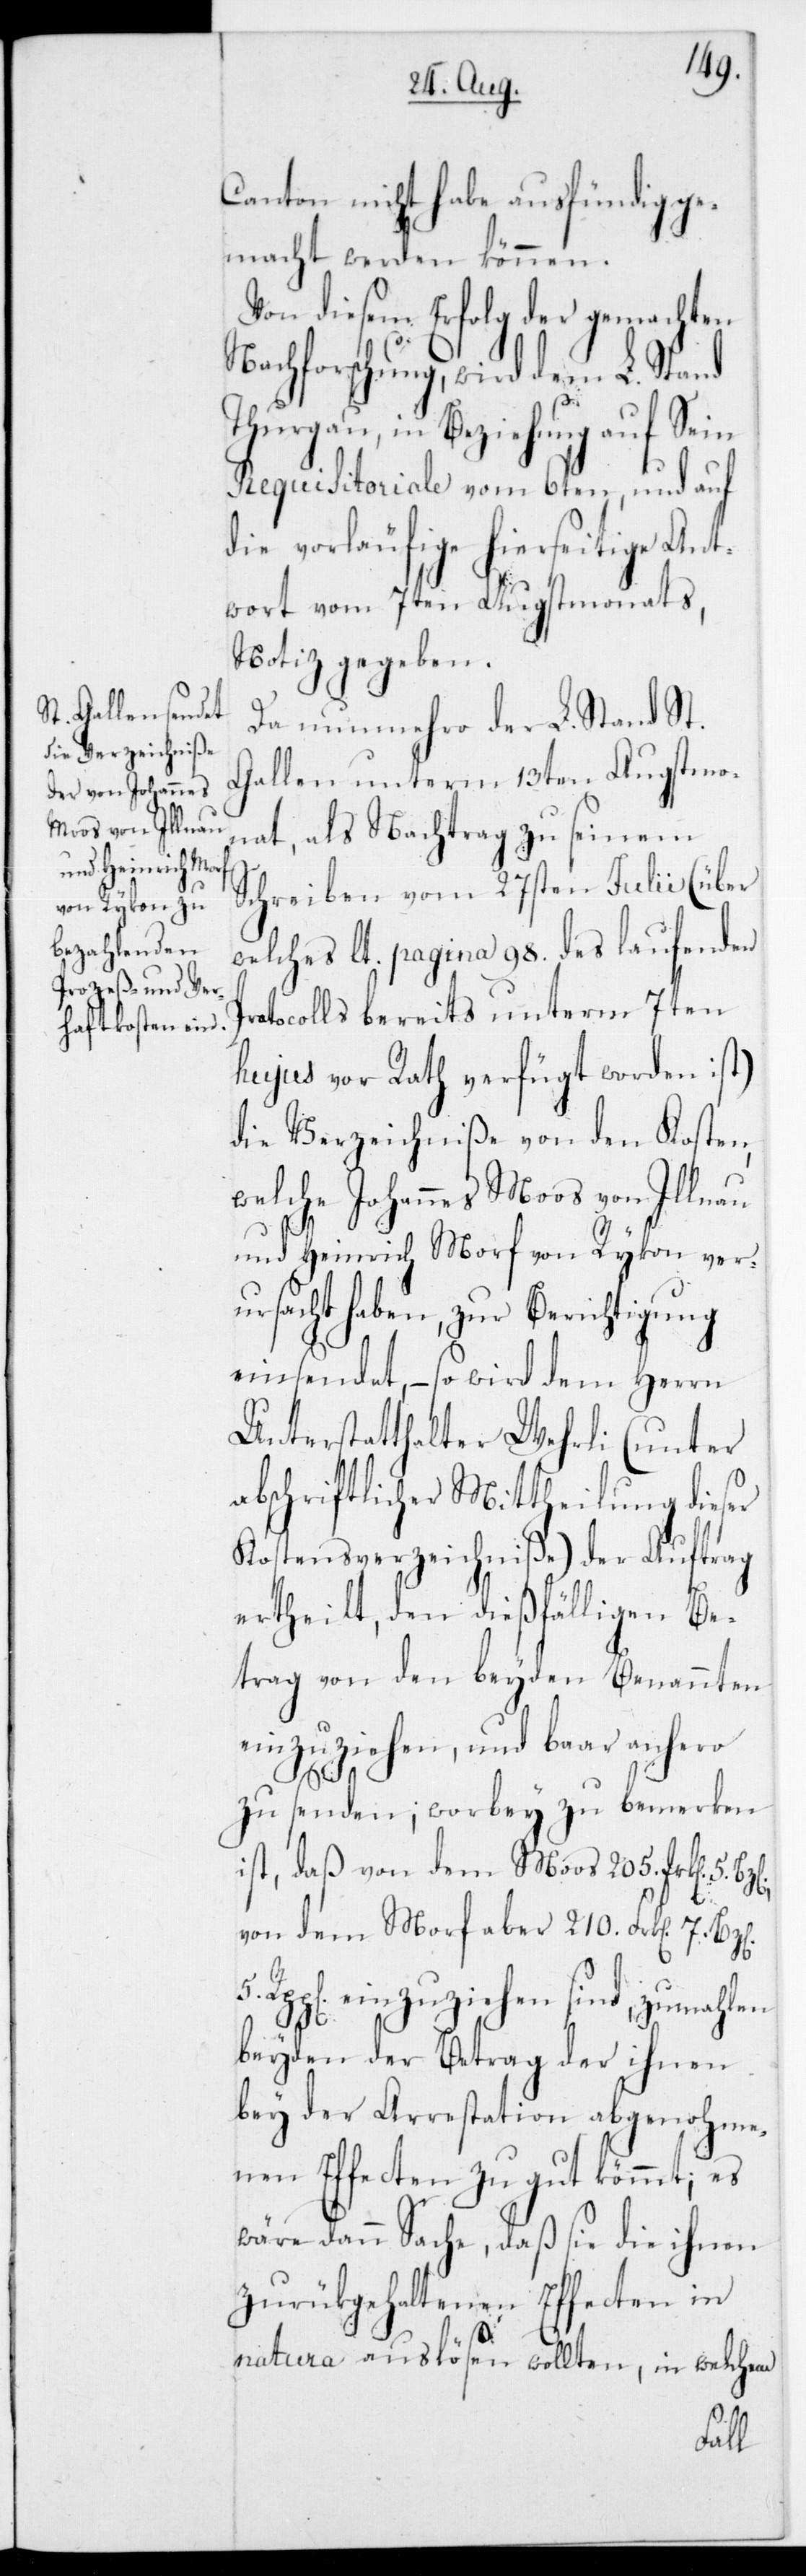
Canton nicht habe ausfündigge¬
macht werden können.
diesem Erfolg der gemachten
Nachforschung, wird dem L. Stand
Thurgau, in Beziehung auf Sein
Requisitoriale vom 6ten, und auf
die vorläufige hierseitige Ant¬
wort vom 7ten Augstmonats,
Notiz gegeben.
Da nunmehro der L. Stand St.
Gallen unterm 13ten Augstmo¬
nat, als Nachtrag zu seinem
Schreiben vom 27sten Julii (über
welches lt. pagina 98 des laufenden
Protocolls bereits unterm 7ten
hujus vor Rath verfügt worden is¬
die Verzeichniße von den Kosten,
welche Johannes Moos von Illnau
und Henrich Morf von Rykon ver¬
ursacht haben, zur Berichtigung
einsendet, – so wird dem Herrn
Unterstatthalter Wehrli (unter
abschriftlicher Mittheilung dieser
Kostensverzeichniße) der Auftrag
ertheilt, den dießfälligen Be¬
trag von den beyden Benannten
einzuziehen, und baar anhero
t),
zu senden; worbey zu bemerken
ist, daß von dem Moos 205 Frk[en] 5
von dem Morf aber 210 Frk[en] 7
Rpp[en] einzuziehen sind, zumahlen
beyden der Betrag der ihnen
bey der Arrestation abgenohme¬
nen Effecten zu gut kömmt; es
wäre dann Sache, daß sie die ihnen
zurückgehaltenen Effecten in
natura auslösen wollten, in welchem